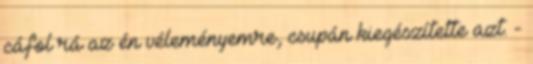
cáfol rá az én véleményemre, csupán kiegészítette azt. -